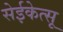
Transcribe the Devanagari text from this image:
सेईकेत्सू